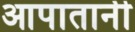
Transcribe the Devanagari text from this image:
आपातानी